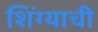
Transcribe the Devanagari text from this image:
शिंग्याची